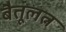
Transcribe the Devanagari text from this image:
बैतूलत्न